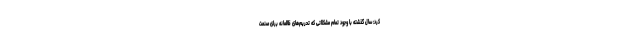
کرد: سال گذشته با وجود تمام مشکلاتی که تحریم‌های ظالمانه برای صنعت